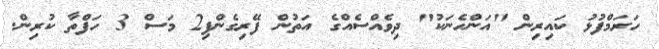
ހަރަމްފުޅު ކައިރިން "އަންހެނަކު" ދިވެއްސެއްގެ އަތުން ފޭރިގެންފި2 މަސް 3 ހަފްތާ ކުރިން.